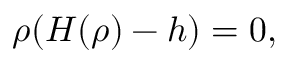
\rho ( H ( \rho ) - h ) = 0 ,